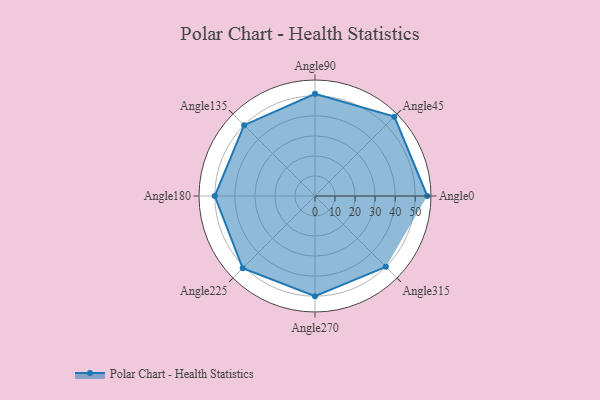
{"axis": {"x": "Angle", "y": "Radius"}, "legend": [""], "data": [{"x": "Angle0", "y": 56.0, "type": ""}, {"x": "Angle45", "y": 56.0, "type": ""}, {"x": "Angle90", "y": 51.0, "type": ""}, {"x": "Angle135", "y": 50, "type": ""}, {"x": "Angle180", "y": 50, "type": ""}, {"x": "Angle225", "y": 51.0, "type": ""}, {"x": "Angle270", "y": 50, "type": ""}, {"x": "Angle315", "y": 50, "type": ""}]}